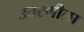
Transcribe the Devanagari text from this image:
उतरणीला